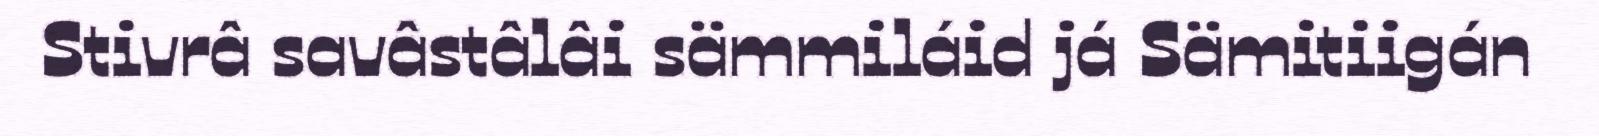
Stivrâ savâstâlâi sämmiláid já Sämitiigán